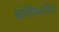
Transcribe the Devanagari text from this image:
कोनीफरलीज़